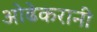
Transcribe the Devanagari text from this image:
ओढेकरानी